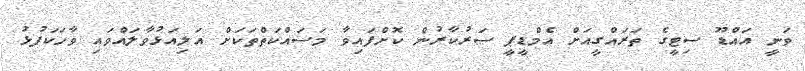
ވަނީ އައްޑޫ ސިޓީގެ ތަރައްގީއަށް އެމްޑީޕީ ސަރުކާރުން ކޮށްފައިވާ މަސައްކަތްތަކަށް އަލިއަޅުވާލައްވައި ވާހަކަފުޅު